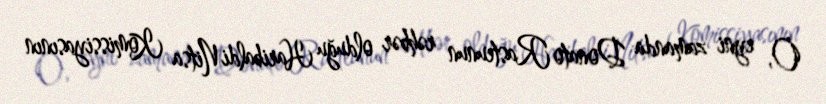
O, eyni zamanda Donato Rasteunun rəhbər olduğu Haribaldi Nitsa Komissiyasının